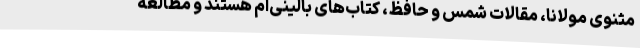
مثنوی مولانا، مقالات شمس و حافظ، کتاب‌های بالینی‌ام هستند و مطالعه